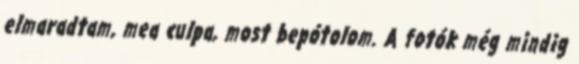
elmaradtam, mea culpa, most bepótolom. A fotók még mindig